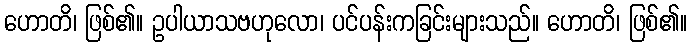
ဟောတိ၊ ဖြစ်၏။ ဥပါယာသဗဟုလော၊ ပင်ပန်းကခြင်းများသည်။ ဟောတိ၊ ဖြစ်၏။